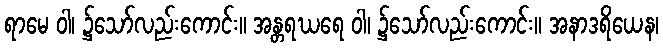
ရာမေ ဝါ၊ ၌သော်လည်းကောင်း။ အန္တရဃရေ ဝါ၊ ၌သော်လည်းကောင်း။ အနာဒရိယေန၊